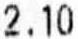
2.10